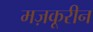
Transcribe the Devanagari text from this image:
मज़कूरीन